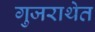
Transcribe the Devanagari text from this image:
गुजराथेत